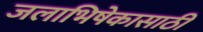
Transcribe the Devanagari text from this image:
जलाभिषेकासाठी